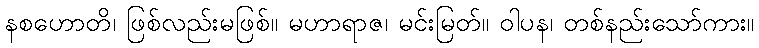
နစဟောတိ၊ ဖြစ်လည်းမဖြစ်။ မဟာရာဇ၊ မင်းမြတ်။ ဝါပန၊ တစ်နည်းသော်ကား။